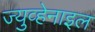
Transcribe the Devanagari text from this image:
ज्युव्हेनाइल